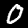
Label: 0